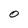
Character: 0